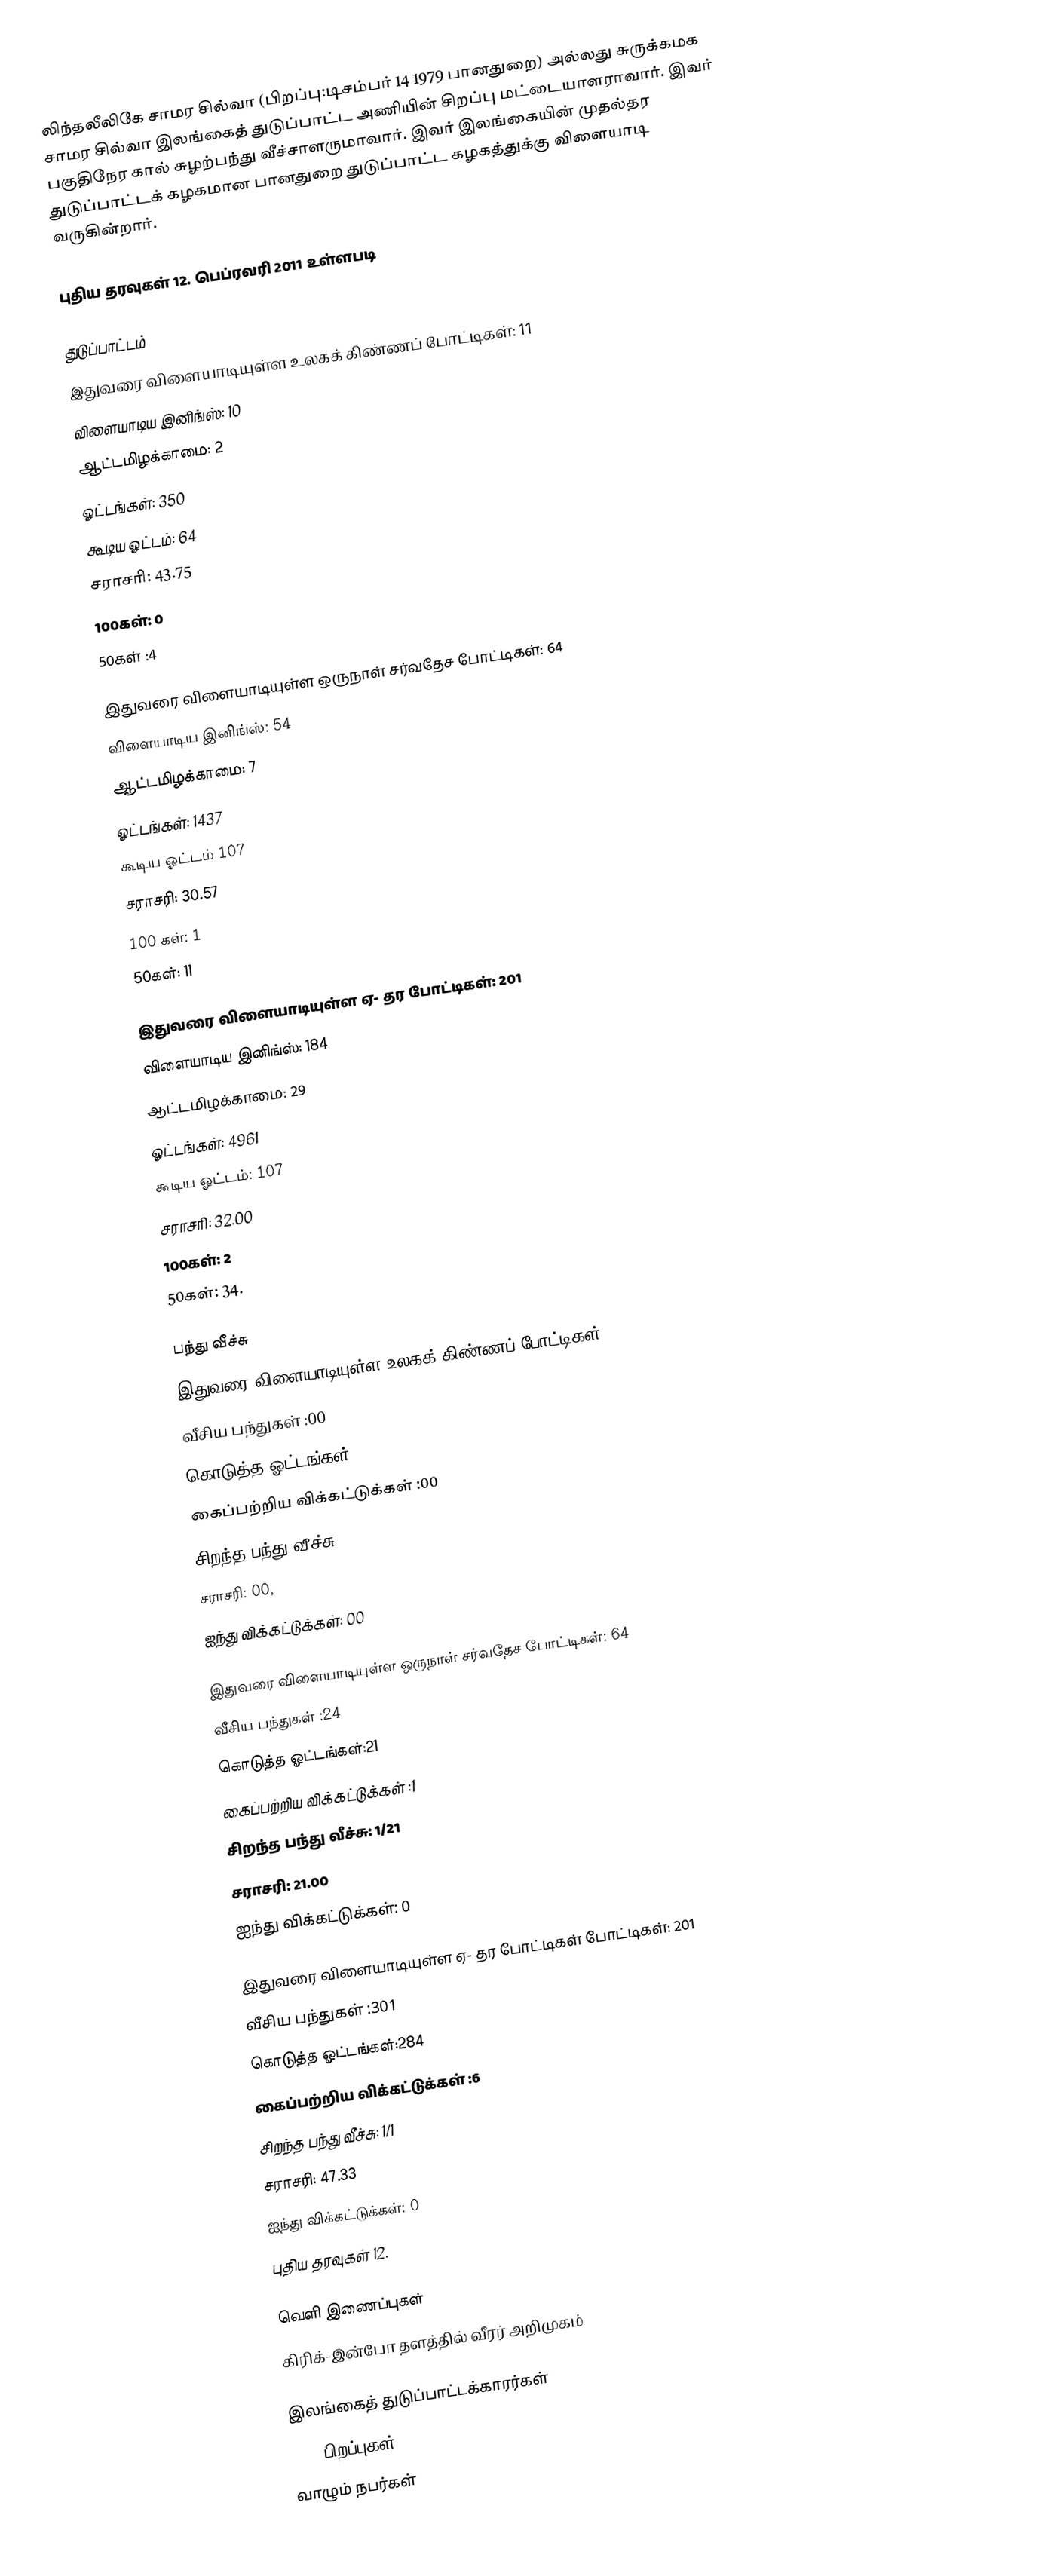
லிந்தலீலிகே சாமர சில்வா (பிறப்பு:டிசம்பர் 14 1979 பானதுறை) அல்லது சுருக்கமக  சாமர சில்வா இலங்கைத் துடுப்பாட்ட அணியின் சிறப்பு மட்டையாளராவார். இவர் பகுதிநேர கால் சுழற்பந்து வீச்சாளருமாவார். இவர் இலங்கையின் முதல்தர துடுப்பாட்டக் கழகமான பானதுறை துடுப்பாட்ட கழகத்துக்கு விளையாடி வருகின்றார்.

புதிய தரவுகள் 12. பெப்ரவரி 2011 உள்ளபடி

துடுப்பாட்டம்
இதுவரை விளையாடியுள்ள உலகக் கிண்ணப் போட்டிகள்: 11
 விளையாடிய இனிங்ஸ்: 10
 ஆட்டமிழக்காமை: 2
 ஓட்டங்கள்: 350
 கூடிய ஓட்டம்: 64
 சராசரி: 43.75
 100கள்: 0
 50கள் :4

இதுவரை விளையாடியுள்ள ஒருநாள் சர்வதேச போட்டிகள்: 64
 விளையாடிய இனிங்ஸ்: 54
 ஆட்டமிழக்காமை: 7
 ஓட்டங்கள்: 1437
 கூடிய ஓட்டம் 107
 சராசரி: 30.57
 100 கள்: 1
 50கள்: 11

இதுவரை விளையாடியுள்ள ஏ- தர போட்டிகள்: 201
 விளையாடிய இனிங்ஸ்: 184
 ஆட்டமிழக்காமை: 29
 ஓட்டங்கள்: 4961
 கூடிய ஓட்டம்: 107
 சராசரி: 32.00
 100கள்: 2
 50கள்: 34.

பந்து வீச்சு
இதுவரை விளையாடியுள்ள உலகக் கிண்ணப் போட்டிகள்: 11
 வீசிய பந்துகள் :00
 கொடுத்த ஓட்டங்கள்:00
 கைப்பற்றிய விக்கட்டுக்கள் :00
 சிறந்த பந்து வீச்சு: 00
 சராசரி: 00,
 ஐந்து விக்கட்டுக்கள்: 00

இதுவரை விளையாடியுள்ள ஒருநாள் சர்வதேச போட்டிகள்: 64
 வீசிய பந்துகள் :24
 கொடுத்த ஓட்டங்கள்:21
 கைப்பற்றிய விக்கட்டுக்கள் :1
 சிறந்த பந்து வீச்சு: 	1/21
 சராசரி: 21.00
 ஐந்து விக்கட்டுக்கள்: 0

இதுவரை விளையாடியுள்ள ஏ- தர போட்டிகள் போட்டிகள்: 201
 வீசிய பந்துகள் :301
 கொடுத்த ஓட்டங்கள்:284
 கைப்பற்றிய விக்கட்டுக்கள் :6
 சிறந்த பந்து வீச்சு: 1/1
 சராசரி: 47.33
 ஐந்து விக்கட்டுக்கள்: 0
 புதிய தரவுகள் 12.

வெளி இணைப்புகள்
கிரிக்-இன்போ தளத்தில் வீரர் அறிமுகம்

இலங்கைத் துடுப்பாட்டக்காரர்கள்
1979 பிறப்புகள்
வாழும் நபர்கள்